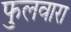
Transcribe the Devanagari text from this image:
फुलवारा